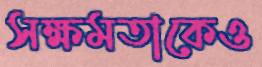
সক্ষমতাকেও